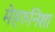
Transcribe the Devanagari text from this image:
मेहरुनिशा